Scottish Certificate of Education, 1963
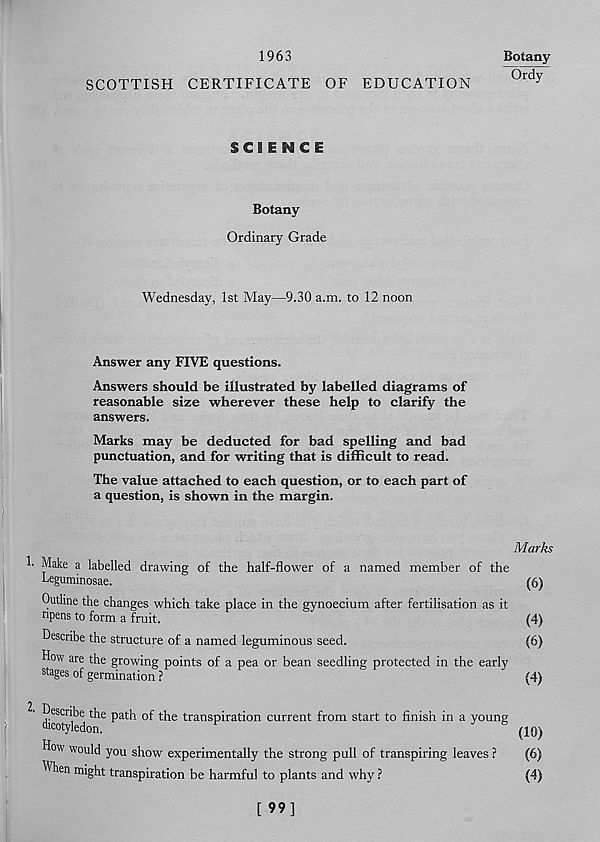
1963
Botany
“Ordy
SCOTTISH CERTIFICATE OF EDUCATION
SCIENCE
Botany
Ordinary Grade
Wednesday, 1st May—9.30 a.m. to 12 noon
Answer any FIVE questions.
Answers should be illustrated by labelled diagrams of
reasonable size wherever these help to clarify the
answers.
Marks may be deducted for bad spelling and bad
punctuation, and for writing that is difficult to read.
The value attached to each question, or to each part of
a question, is shown in the margin.
Marks
!• Make a labelled drawing of the half-flower of a named member of the
Leguminosae.
Outline the changes which take place in the gynoecium after fertilisation as it
ripens to form a fruit.
Describe the structure of a named leguminous seed.
How are the growing points of a pea or bean seedling protected in the early
stages of germinat ion ?
(4)
(4)
(6)
(6)
(10)
(6)
W
How would you show experimentally the strong pull of transpiring leaves ?
^ hen might transpiration be harmful to plants and why ?
[ 99]